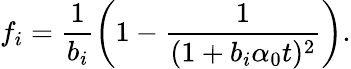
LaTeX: f_{i}=\frac{1}{b_{i}}\left(1-\frac{1}{(1+b_{i}\alpha_{0}t)^{2}}\right).